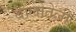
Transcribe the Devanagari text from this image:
बालोतेली